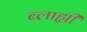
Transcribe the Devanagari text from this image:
ब्लाह्यी